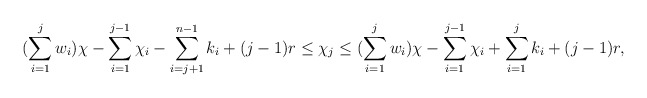
\begin{align*}(\sum\limits_{i =1}^{j} w_i) \chi - \sum\limits_{i=1}^{j-1} \chi_i -\sum\limits_{i = j+1}^{n-1} k_i + (j-1)r \leq \chi_j \leq (\sum\limits_{i =1}^{j} w_i) \chi - \sum\limits_{i=1}^{j-1} \chi_i + \sum\limits_{i=1}^{j} k_i + (j-1)r,\end{align*}